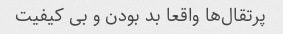
پرتقال‌ها واقعا بد بودن و بی کیفیت